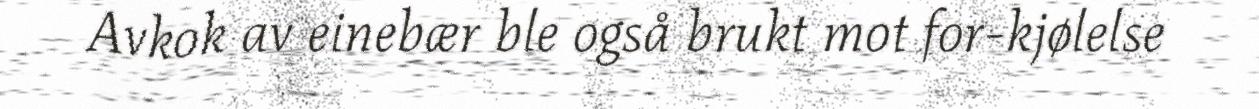
Avkok av einebær ble også brukt mot for-kjølelse